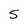
Character: 5